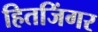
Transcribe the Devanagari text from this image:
हितजिंगर